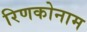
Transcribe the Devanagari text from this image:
रिणकोनाम